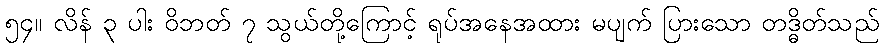
၅၄။ လိန် ၃ ပါး ဝိဘတ် ၇ သွယ်တို့ကြောင့် ရုပ်အနေအထား မပျက် ပြားသော တဒ္ဓိတ်သည်